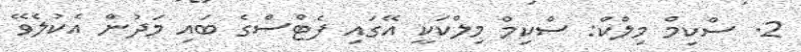
2. ސްކިމް މިލްކް: ސްކިމް މިލްކަކީ އޭގައި ފެޓްސްގެ ބައި މަދުން އެކުލެވޭ